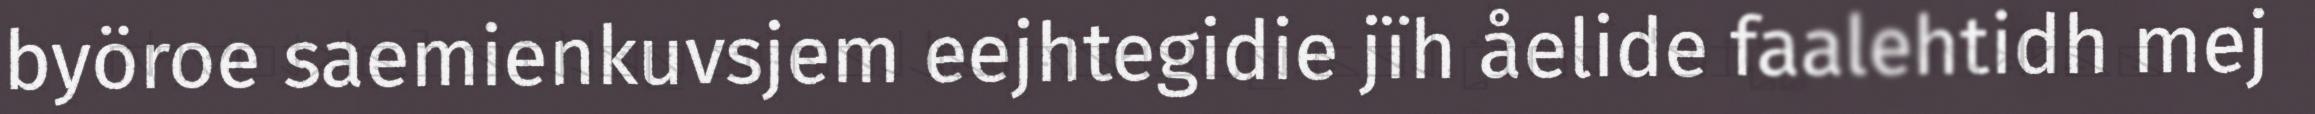
byöroe saemienkuvsjem eejhtegidie jïh åelide faalehtidh mej